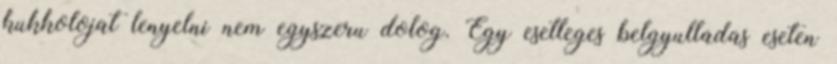
kukkolojat lenyelni nem egyszeru dolog. Egy esetleges belgyulladas eseten